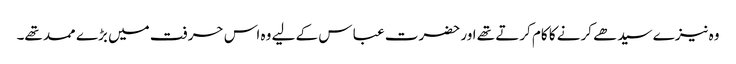
وہ نیزے سیدھے کرنے کا کام کرتے تھے اور حضرت عبا س کے لیے وہ اس حرفت میں بڑے ممد تھے۔